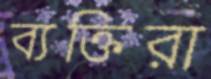
ব্যক্তিরা